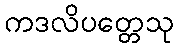
ကဒလိပတ္တေသု